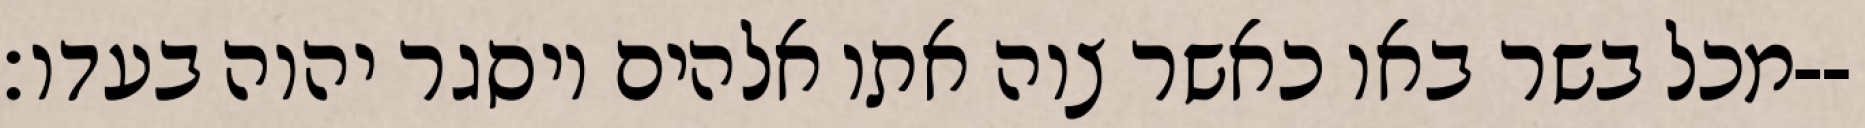
מכל בשר באו כאשר צוה אתו אלהים ויסגר יהוה בעדו׃--